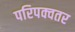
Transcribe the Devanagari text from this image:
परिपक्वतर